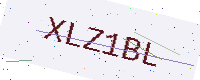
Text: XLZ1BL